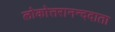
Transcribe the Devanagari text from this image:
लोकोत्तरानन्ददाता